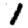
Digit: 1